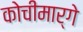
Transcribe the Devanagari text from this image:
कोचीमार्गे